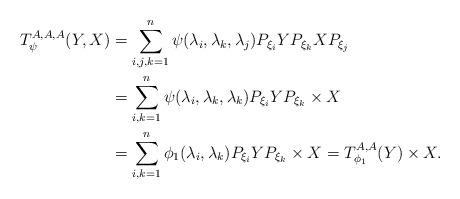
LaTeX: \begin{align*}T_{\psi}^{A,A,A}(Y,X)&=\sum_{i,j,k=1}^n \psi(\lambda_i, \lambda_k,\lambda_j)P_{\xi_i}YP_{\xi_k} XP_{\xi_j}\\&=\sum_{i,k=1}^n \psi(\lambda_i, \lambda_k,\lambda_k)P_{\xi_i}YP_{\xi_k} \times X\\&=\sum_{i,k=1}^n \phi_1(\lambda_i, \lambda_k)P_{\xi_i}YP_{\xi_k} \times X=T^{A,A}_{\phi_1}(Y)\times X.\end{align*}